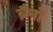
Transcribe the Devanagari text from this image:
ब्रैनों